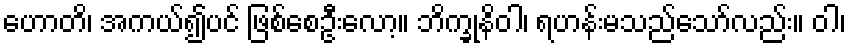
ဟောတိ၊ အကယ်၍ပင် ဖြစ်စေဦးလော့။ ဘိက္ခုနိဝါ၊ ရဟန်းမသည်သော်လည်း။ ဝါ၊